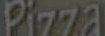
Pizza